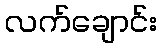
လက်ချောင်း